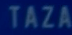
TAZA